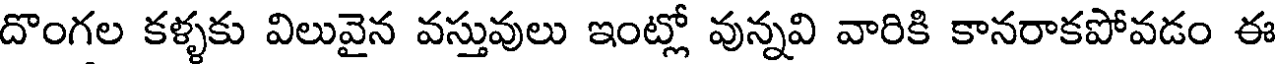
దొంగల కళ్ళకు విలువైన వస్తువులు ఇంట్లో వున్నవి వారికి కానరాకపోవడం ఈ